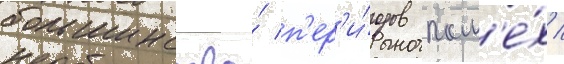
большинства́ п'ер'и́одов пом'е́х /